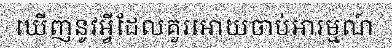
ឃើញនូវអ្វីដែលគួរអោយចាប់អារម្មណ៍